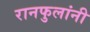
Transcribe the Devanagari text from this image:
रानफुलांनी